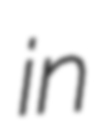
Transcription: in